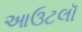
આઉટલૉ